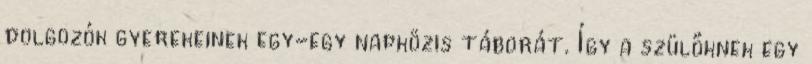
dolgozók gyerekeinek egy-egy napközis táborát. Így a szülőknek egy